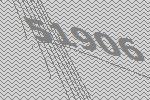
51906